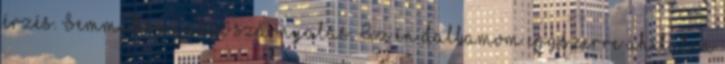
érzés. Semmi himnuszi szárnyalás. Az én dallamom egyszerre áhítatra